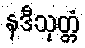
နဒီသုတ္တံ